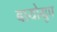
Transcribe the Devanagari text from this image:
बायोग्रुप